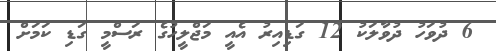
6 ދުވަހު ދުވާލަކު 12 ގަޑިއިރު އެއީ މަޖްލީހުގެ ރަސްމީ ގަޑި ކަމަށް